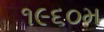
૧૯૬૦મ